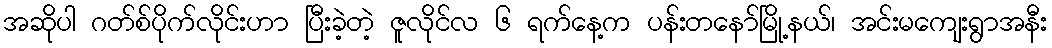
အဆိုပါ ဂတ်စ်ပိုက်လိုင်းဟာ ပြီးခဲ့တဲ့ ဇူလိုင်လ ၆ ရက်နေ့က ပန်းတနော်မြို့နယ်၊ အင်းမကျေးရွာအနီး